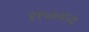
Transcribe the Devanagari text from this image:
११५७मध्ये